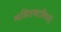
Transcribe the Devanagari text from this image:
भवितव्याविषयी